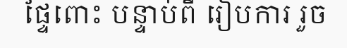
ផ្ទៃពោះ បន្ទាប់ពី រៀបការ រួច